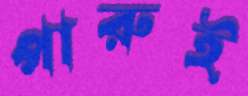
পারুই